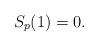
LaTeX: \begin{align*}S_p(1)=0.\end{align*}